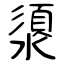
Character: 澃